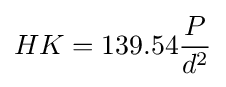
HK=139.54{\frac {P}{d^{2}}}